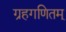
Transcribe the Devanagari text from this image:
ग्रहगणितम्